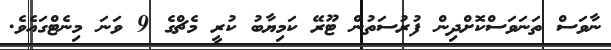
ނާވަސް ތަނަވަސްކޮށްދިން ފުރުސަތުން ޓޫރޭ ކަމިޔާބު ކުރީ މެޗްގެ 9 ވަނަ މިނެޓްގައެވެ.